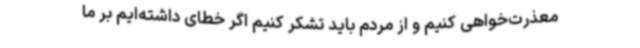
معذرت‌خواهی کنیم و از مردم باید تشکر کنیم اگر خطای داشته‌ایم بر ما